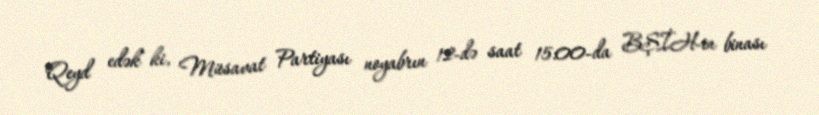
Qeyd edək ki, Müsavat Partiyası noyabrın 12-də saat 15:00-da BŞİH-in binası